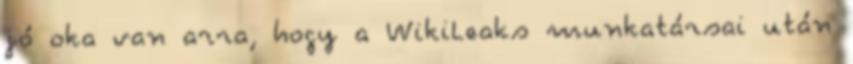
jó oka van arra, hogy a WikiLeaks munkatársai után